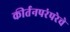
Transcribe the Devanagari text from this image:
कीर्तनपरंपरेचे